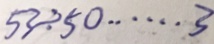
5 3 \div 5 0 \cdots 3